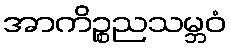
အာကိဉ္စညသမ္ဘဝံ